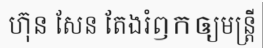
ហ៊ុន សែន តែងរំឭកឲ្យមន្ត្រី